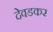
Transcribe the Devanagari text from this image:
देवडकर